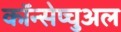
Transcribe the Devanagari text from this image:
कॉन्सेप्चुअल